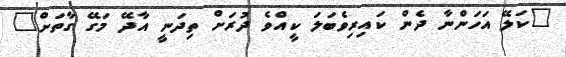
"ކަލޭ އަހަންނާ ދެން ކައިރިވެބަލަ ކީއްވެ ދުރަށް ތިދަނީ އާދޭ މަގޭ ގާތަށް"